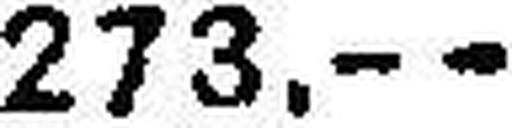
273.—